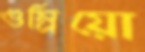
গুম্‌রিয়ো